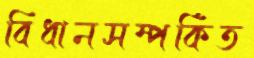
বিধানসম্পর্কিত